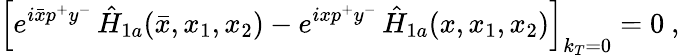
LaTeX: \left[e^{i\bar{x}p^{+}y^{-}}\, \hat{H}_{1a}(\bar{x},x_{1},x_{2})-e^{ixp^{+}y^{-}}\, \hat{H}_{1a}(x,x_{1},x_{2})\right]_{k_{T}=0}=0\ ,